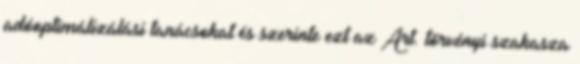
adóoptimálizálási tanácsokat és szerinte ezt az Art. törvényi szakasza